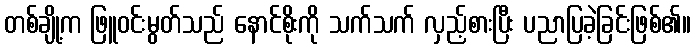
တစ်ချို့က ဖြူဝင်းမွတ်သည် နောင်စိုးကို သက်သက် လှည့်စားပြီး ပညာပြခဲ့ခြင်းဖြစ်၏။